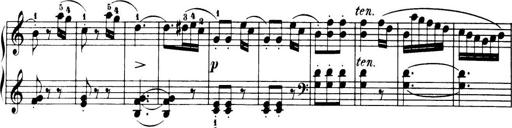
Title: 32 Sonatinas and Rondos for the Piano
Composer: Richard Kleinmichel